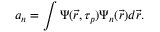
a _ { n } = \int \Psi ( \vec { r } , \tau _ { p } ) \Psi _ { n } ( \vec { r } ) d \vec { r } .